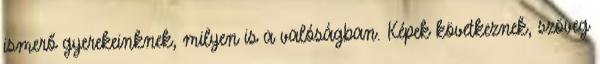
ismerő gyerekeinknek, milyen is a valóságban. Képek következnek, szöveg